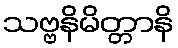
သဗ္ဗနိမိတ္တာနိ